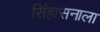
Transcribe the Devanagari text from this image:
सिंहासनाला